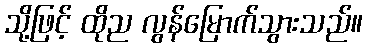
သို့ဖြင့် ထိုည လွန်မြောက်သွားသည်။